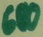
Text: 680